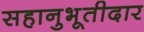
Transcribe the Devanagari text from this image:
सहानुभूतीदार